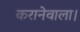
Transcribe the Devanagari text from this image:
करानेवाला।